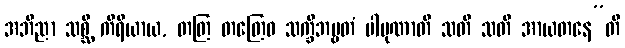
အဘိညာ သစ္ဆိ ကိရိယာယ, တတြ တတြေဝ သက္ခိဘဗ္ဗတံ ပါပုဏာတိ သတိ သတိ အာယတနေ”တိ